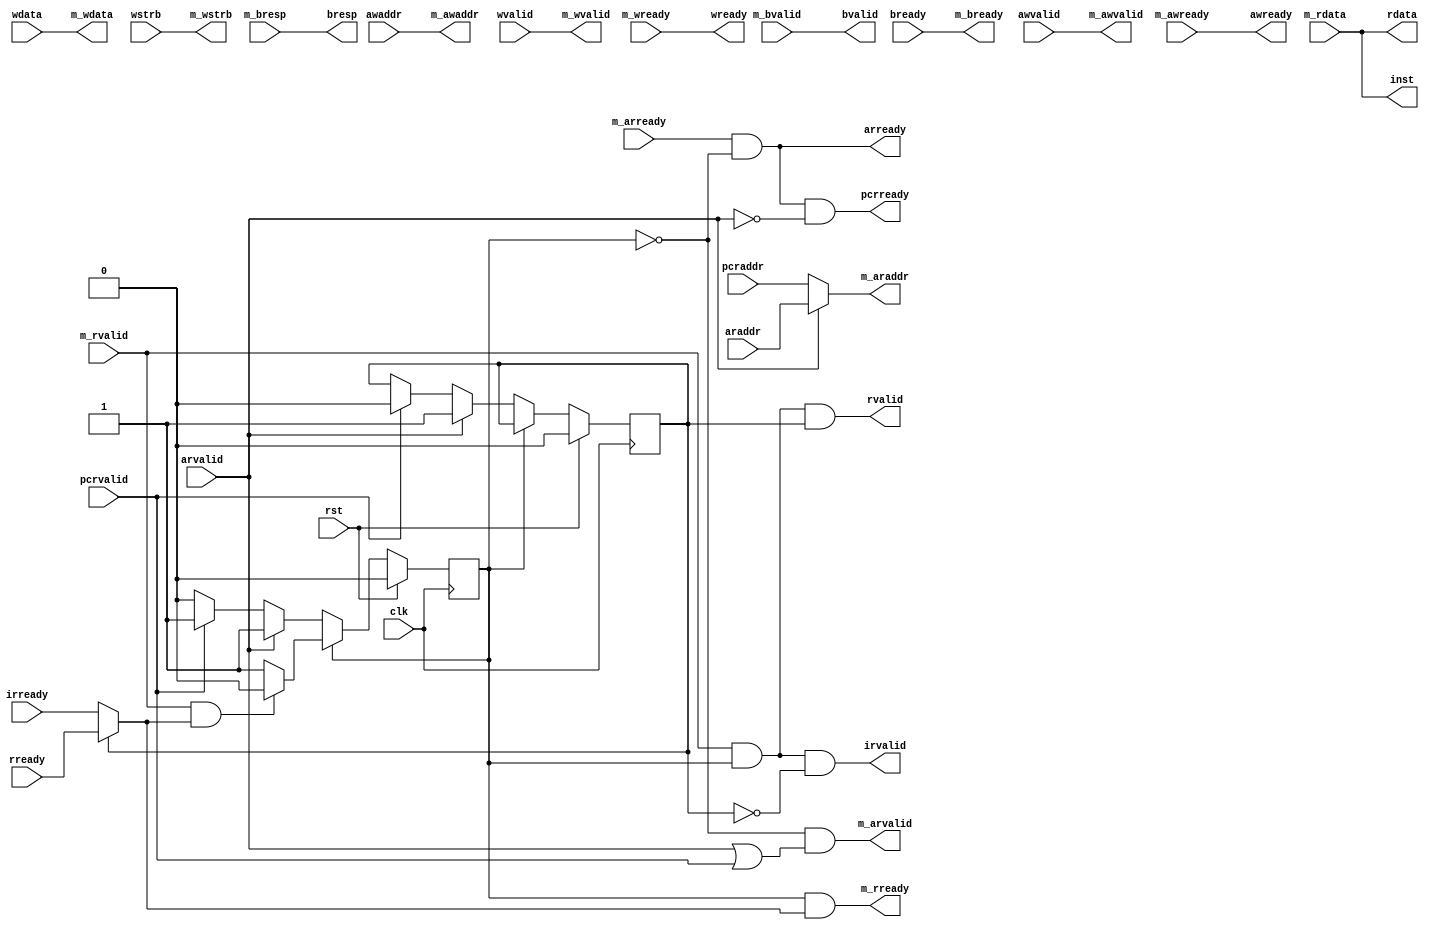
module AR (
    input clk,
    input rst,
    // AXI 读地址通道兼指令地址
    input [31:0] pcraddr,
    input pcrvalid,
    output pcrready,
    input [31:0] araddr,
    input arvalid,
    output arready,
    // AXI 读数据通道兼指令内容
    output [31:0] rdata,
    output rvalid,
    output [31:0] inst,
    output irvalid,
    input rready,
    input irready,
    // AXI 写地址通道
    input [31:0] awaddr,
    input awvalid,
    output awready,
    // AXI 写数据通道
    input [31:0] wdata,
    input [3:0] wstrb,
    input wvalid,
    output wready,
    // AXI 写响应通道
    output [1:0] bresp,
    output bvalid,
    input bready,
    //上面是面向CPU的接口，下面是面向内存的接口
    // AXI 读地址通道
    output [31:0] m_araddr,
    output m_arvalid,
    input m_arready,
    // AXI 读数据通道
    input [31:0] m_rdata,
    input m_rvalid,
    output m_rready,
    // AXI 写地址通道
    output [31:0] m_awaddr,
    output m_awvalid,
    input m_awready,
    // AXI 写数据通道
    output [31:0] m_wdata,
    output [3:0] m_wstrb,
    output m_wvalid,
    input m_wready,
    // AXI 写响应通道
    input [1:0] m_bresp,
    input m_bvalid,
    output m_bready
);
    reg ri0d1;
    reg rbusy;
    assign pcrready  = m_arready & !rbusy & !arvalid;
    assign arready   = m_arready & !rbusy;
    assign rdata     = m_rdata;
    assign rvalid    = m_rvalid & rbusy & ri0d1;
    assign inst      = m_rdata;
    assign irvalid   = m_rvalid & rbusy & !ri0d1;
    assign awready   = m_awready;
    assign wready    = m_wready;
    assign bresp     = m_bresp;
    assign bvalid    = m_bvalid;
    assign m_araddr  = arvalid ? araddr : pcraddr;
    assign m_arvalid = !rbusy & (arvalid | pcrvalid);
    assign m_rready  = rbusy & (ri0d1 ? rready : irready);
    assign m_awaddr  = awaddr;
    assign m_awvalid = awvalid;
    assign m_wdata   = wdata;
    assign m_wstrb   = wstrb;
    assign m_wvalid  = wvalid;
    assign m_bready  = bready;
    always @(posedge clk) begin
        if (rst) begin
            ri0d1 <= 0;
            rbusy <= 0;
        end else begin
            if (!rbusy) begin
                if (arvalid) begin
                    rbusy <= 1;
                    ri0d1 <= 1;
                end else if (pcrvalid) begin
                    rbusy <= 1;
                    ri0d1 <= 0;
                end
            end else begin
                if (m_rvalid & (ri0d1 ? rready : irready)) begin
                    rbusy <= 0;
                end
            end
        end
    end
endmodule